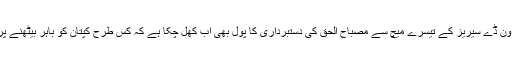
آسٹریلیا کے خلاف ون ڈے سیریز کے تیسرے میچ سے مصباح الحق کی دستبرداری کا پول بھی اب کھل چکا ہے کہ کس طرح کپتان کو باہر بیٹھنے پر مجبور کیا گیا تھا۔